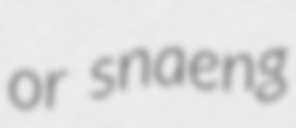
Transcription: or snaeng